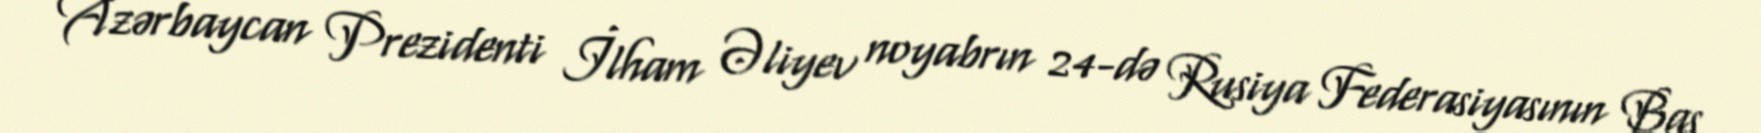
Azərbaycan Prezidenti İlham Əliyev noyabrın 24-də Rusiya Federasiyasının Baş